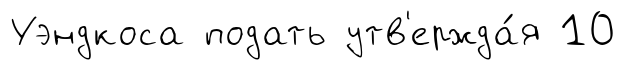
Уэндкоса подать утв'ержда́я 10